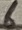
Text: 6